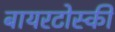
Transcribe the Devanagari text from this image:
बायरटोस्की